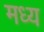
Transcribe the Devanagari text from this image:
मध्य